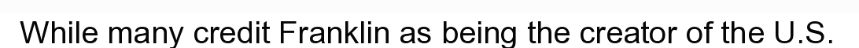
While many credit Franklin as being the creator of the U.S.